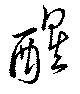
醒